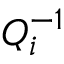
Q _ { i } ^ { - 1 }